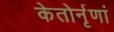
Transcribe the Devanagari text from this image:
केतोर्नृणां